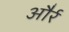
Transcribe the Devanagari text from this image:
और्र